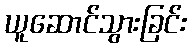
ယူဆောင်သွားခြင်း